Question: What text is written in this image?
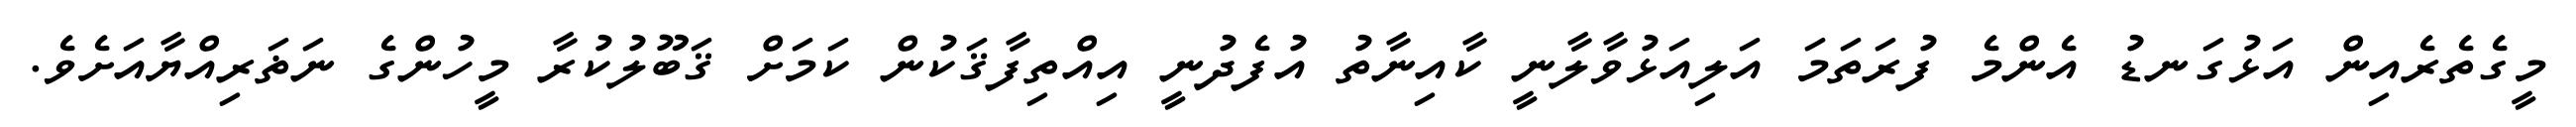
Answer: މީގެތެރެއިން އަޅުގަނޑު އެންމެ ފުރަތަމަ އަލިއަޅުވާލާނީ ކާއިނާތު އުފެދުނީ އިއްތިފާޤަކުން ކަމަށް ޤަބޫލުކުރާ މީހުންގެ ނަޡަރިއްޔާއަށެވެ.